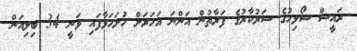
ރައީސް ސޯލިހުގެ ސަރުކާރުގެ ފަރާތުން އަންނަ އަހަަރަށް ހުށަހަޅާފައި ވަނީ 34 ބިލިއަން